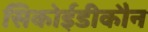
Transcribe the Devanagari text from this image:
सिकोईडीकौन